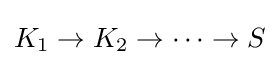
K_{1}\rightarrow K_{2}\rightarrow \dots \rightarrow S